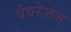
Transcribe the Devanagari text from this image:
बेवरेजेज